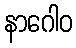
နာဂေါဝ